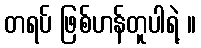
တရပ် ဖြစ်ဟန်တူပါရဲ့ ။